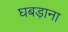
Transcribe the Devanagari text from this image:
घबड़ाना